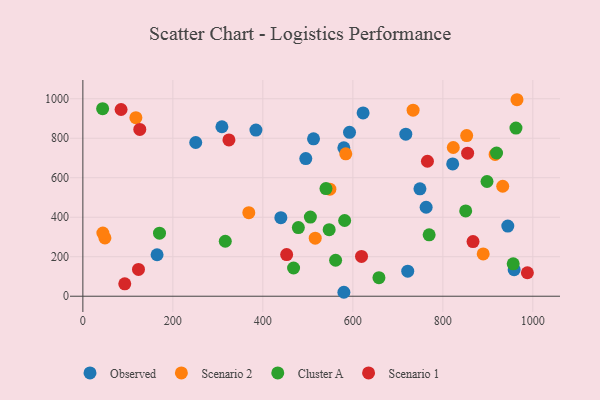
{"axis": {"x": "Study Hours", "y": "Fuel Efficiency"}, "legend": ["Cluster A", "Observed", "Scenario 1", "Scenario 2"], "data": [{"x": "749.1", "y": 544.1, "type": "Observed"}, {"x": "580.0", "y": 751.3, "type": "Observed"}, {"x": "512.6", "y": 797.0, "type": "Observed"}, {"x": "384.6", "y": 841.2, "type": "Observed"}, {"x": "580.1", "y": 20.0, "type": "Observed"}, {"x": "164.9", "y": 210.1, "type": "Observed"}, {"x": "821.9", "y": 670.2, "type": "Observed"}, {"x": "944.4", "y": 355.3, "type": "Observed"}, {"x": "717.7", "y": 820.7, "type": "Observed"}, {"x": "250.8", "y": 778.5, "type": "Observed"}, {"x": "440.0", "y": 397.9, "type": "Observed"}, {"x": "495.4", "y": 697.1, "type": "Observed"}, {"x": "592.6", "y": 830.1, "type": "Observed"}, {"x": "622.8", "y": 928.5, "type": "Observed"}, {"x": "958.5", "y": 134.2, "type": "Observed"}, {"x": "762.9", "y": 450.7, "type": "Observed"}, {"x": "722.0", "y": 127.0, "type": "Observed"}, {"x": "309.0", "y": 858.3, "type": "Observed"}, {"x": "549.0", "y": 542.1, "type": "Scenario 2"}, {"x": "964.8", "y": 995.1, "type": "Scenario 2"}, {"x": "49.0", "y": 295.3, "type": "Scenario 2"}, {"x": "44.4", "y": 320.3, "type": "Scenario 2"}, {"x": "916.2", "y": 718.3, "type": "Scenario 2"}, {"x": "733.9", "y": 942.2, "type": "Scenario 2"}, {"x": "889.7", "y": 214.1, "type": "Scenario 2"}, {"x": "853.0", "y": 813.8, "type": "Scenario 2"}, {"x": "933.1", "y": 556.9, "type": "Scenario 2"}, {"x": "516.4", "y": 294.0, "type": "Scenario 2"}, {"x": "584.3", "y": 721.0, "type": "Scenario 2"}, {"x": "823.2", "y": 753.2, "type": "Scenario 2"}, {"x": "117.8", "y": 904.4, "type": "Scenario 2"}, {"x": "368.8", "y": 423.0, "type": "Scenario 2"}, {"x": "956.4", "y": 164.2, "type": "Cluster A"}, {"x": "170.3", "y": 319.1, "type": "Cluster A"}, {"x": "850.8", "y": 431.9, "type": "Cluster A"}, {"x": "658.0", "y": 94.0, "type": "Cluster A"}, {"x": "547.4", "y": 337.0, "type": "Cluster A"}, {"x": "505.6", "y": 400.7, "type": "Cluster A"}, {"x": "581.8", "y": 383.6, "type": "Cluster A"}, {"x": "898.2", "y": 581.0, "type": "Cluster A"}, {"x": "478.9", "y": 347.5, "type": "Cluster A"}, {"x": "468.3", "y": 143.0, "type": "Cluster A"}, {"x": "919.4", "y": 725.2, "type": "Cluster A"}, {"x": "540.3", "y": 545.0, "type": "Cluster A"}, {"x": "962.5", "y": 851.4, "type": "Cluster A"}, {"x": "43.9", "y": 949.8, "type": "Cluster A"}, {"x": "561.7", "y": 182.2, "type": "Cluster A"}, {"x": "316.5", "y": 278.3, "type": "Cluster A"}, {"x": "769.6", "y": 311.1, "type": "Cluster A"}, {"x": "93.1", "y": 62.6, "type": "Scenario 1"}, {"x": "84.9", "y": 945.6, "type": "Scenario 1"}, {"x": "123.6", "y": 135.8, "type": "Scenario 1"}, {"x": "987.9", "y": 118.9, "type": "Scenario 1"}, {"x": "126.5", "y": 844.9, "type": "Scenario 1"}, {"x": "765.8", "y": 683.5, "type": "Scenario 1"}, {"x": "452.9", "y": 210.7, "type": "Scenario 1"}, {"x": "619.3", "y": 201.4, "type": "Scenario 1"}, {"x": "867.1", "y": 277.0, "type": "Scenario 1"}, {"x": "855.1", "y": 724.5, "type": "Scenario 1"}, {"x": "324.6", "y": 791.7, "type": "Scenario 1"}]}